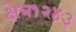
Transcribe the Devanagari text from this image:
क्षेत्र१२४३